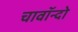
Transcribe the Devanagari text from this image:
चावॉन्दो